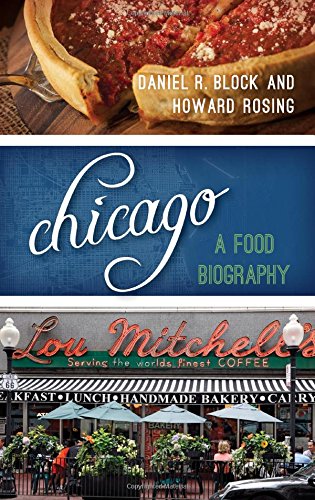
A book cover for Chicago: A Food Biography (Big City Food Biographies); Daniel R. Block; Cookbooks, Food & Wine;